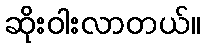
ဆိုးဝါးလာတယ်။